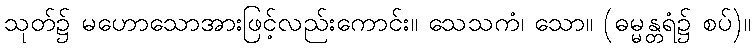
သုတ်၌ မဟောသောအားဖြင့်လည်းကောင်း။ သေသကံ၊ သော။ (ဓမ္မန္တရံ၌ စပ်)။